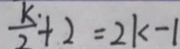
\frac { k } { 2 } + 2 = 2 k - 1